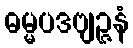
ဓမ္မပဒဗျဉ္ဇနံ